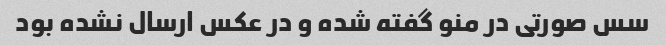
سس صورتی در منو گفته شده و در عکس ارسال نشده بود